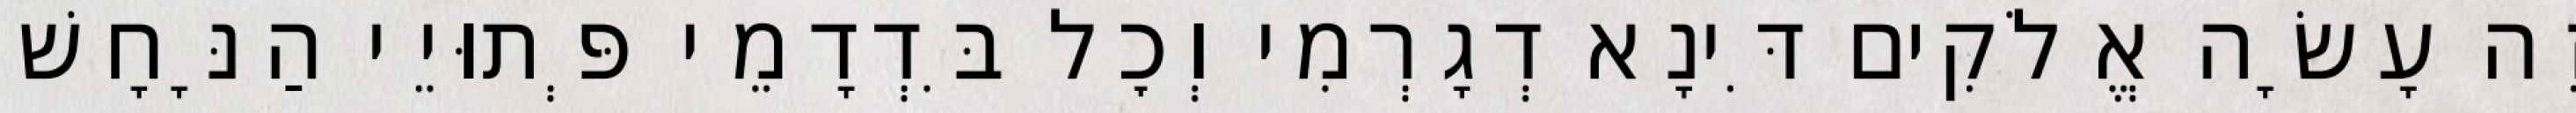
זֶה עָשָׂה אֱלֹקִים דִּינָא דְגָרְמִי וְכׇל בִּדְדָמֵי פְּתוּיֵי הַנָּחָשׁ